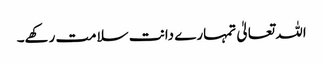
اللہ تعالیٰ تمہارے دانت سلامت رکھے۔